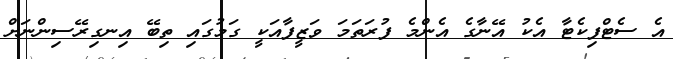
އެ ސެޓްފިކެޓާ އެކު އޭނާގެ އެންމެ ފުރަތަމަ ވަޒީފާއަކީ ގަމުގައި ތިބޭ އިނގިރޭސިންނަށް